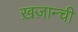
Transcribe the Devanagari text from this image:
ख़ज़ान्ची